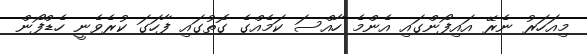
މިއަހަރު ނެރޭ އައިފޯންގައި އެންމެ ހާއްސަ ކަމެއްގެ ގޮތުގައި ފާހަގަ ކުރެވެނީ ހެޑްފޯން